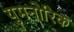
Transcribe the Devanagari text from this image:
युमनोरिक